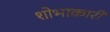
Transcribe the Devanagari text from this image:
शोभाकारी